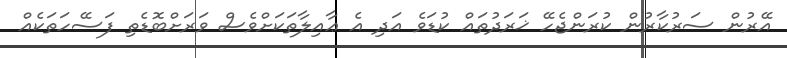
އޭރުން ސަރުކާރުން ކުރަންޖެހޭ ޚަރަދުތައް ކުޑަވެ އަދި އެ ޢާއިލާތަކަށްވެސް ވަރަށްބޮޑެތި ފަސޭހަތަކެއް